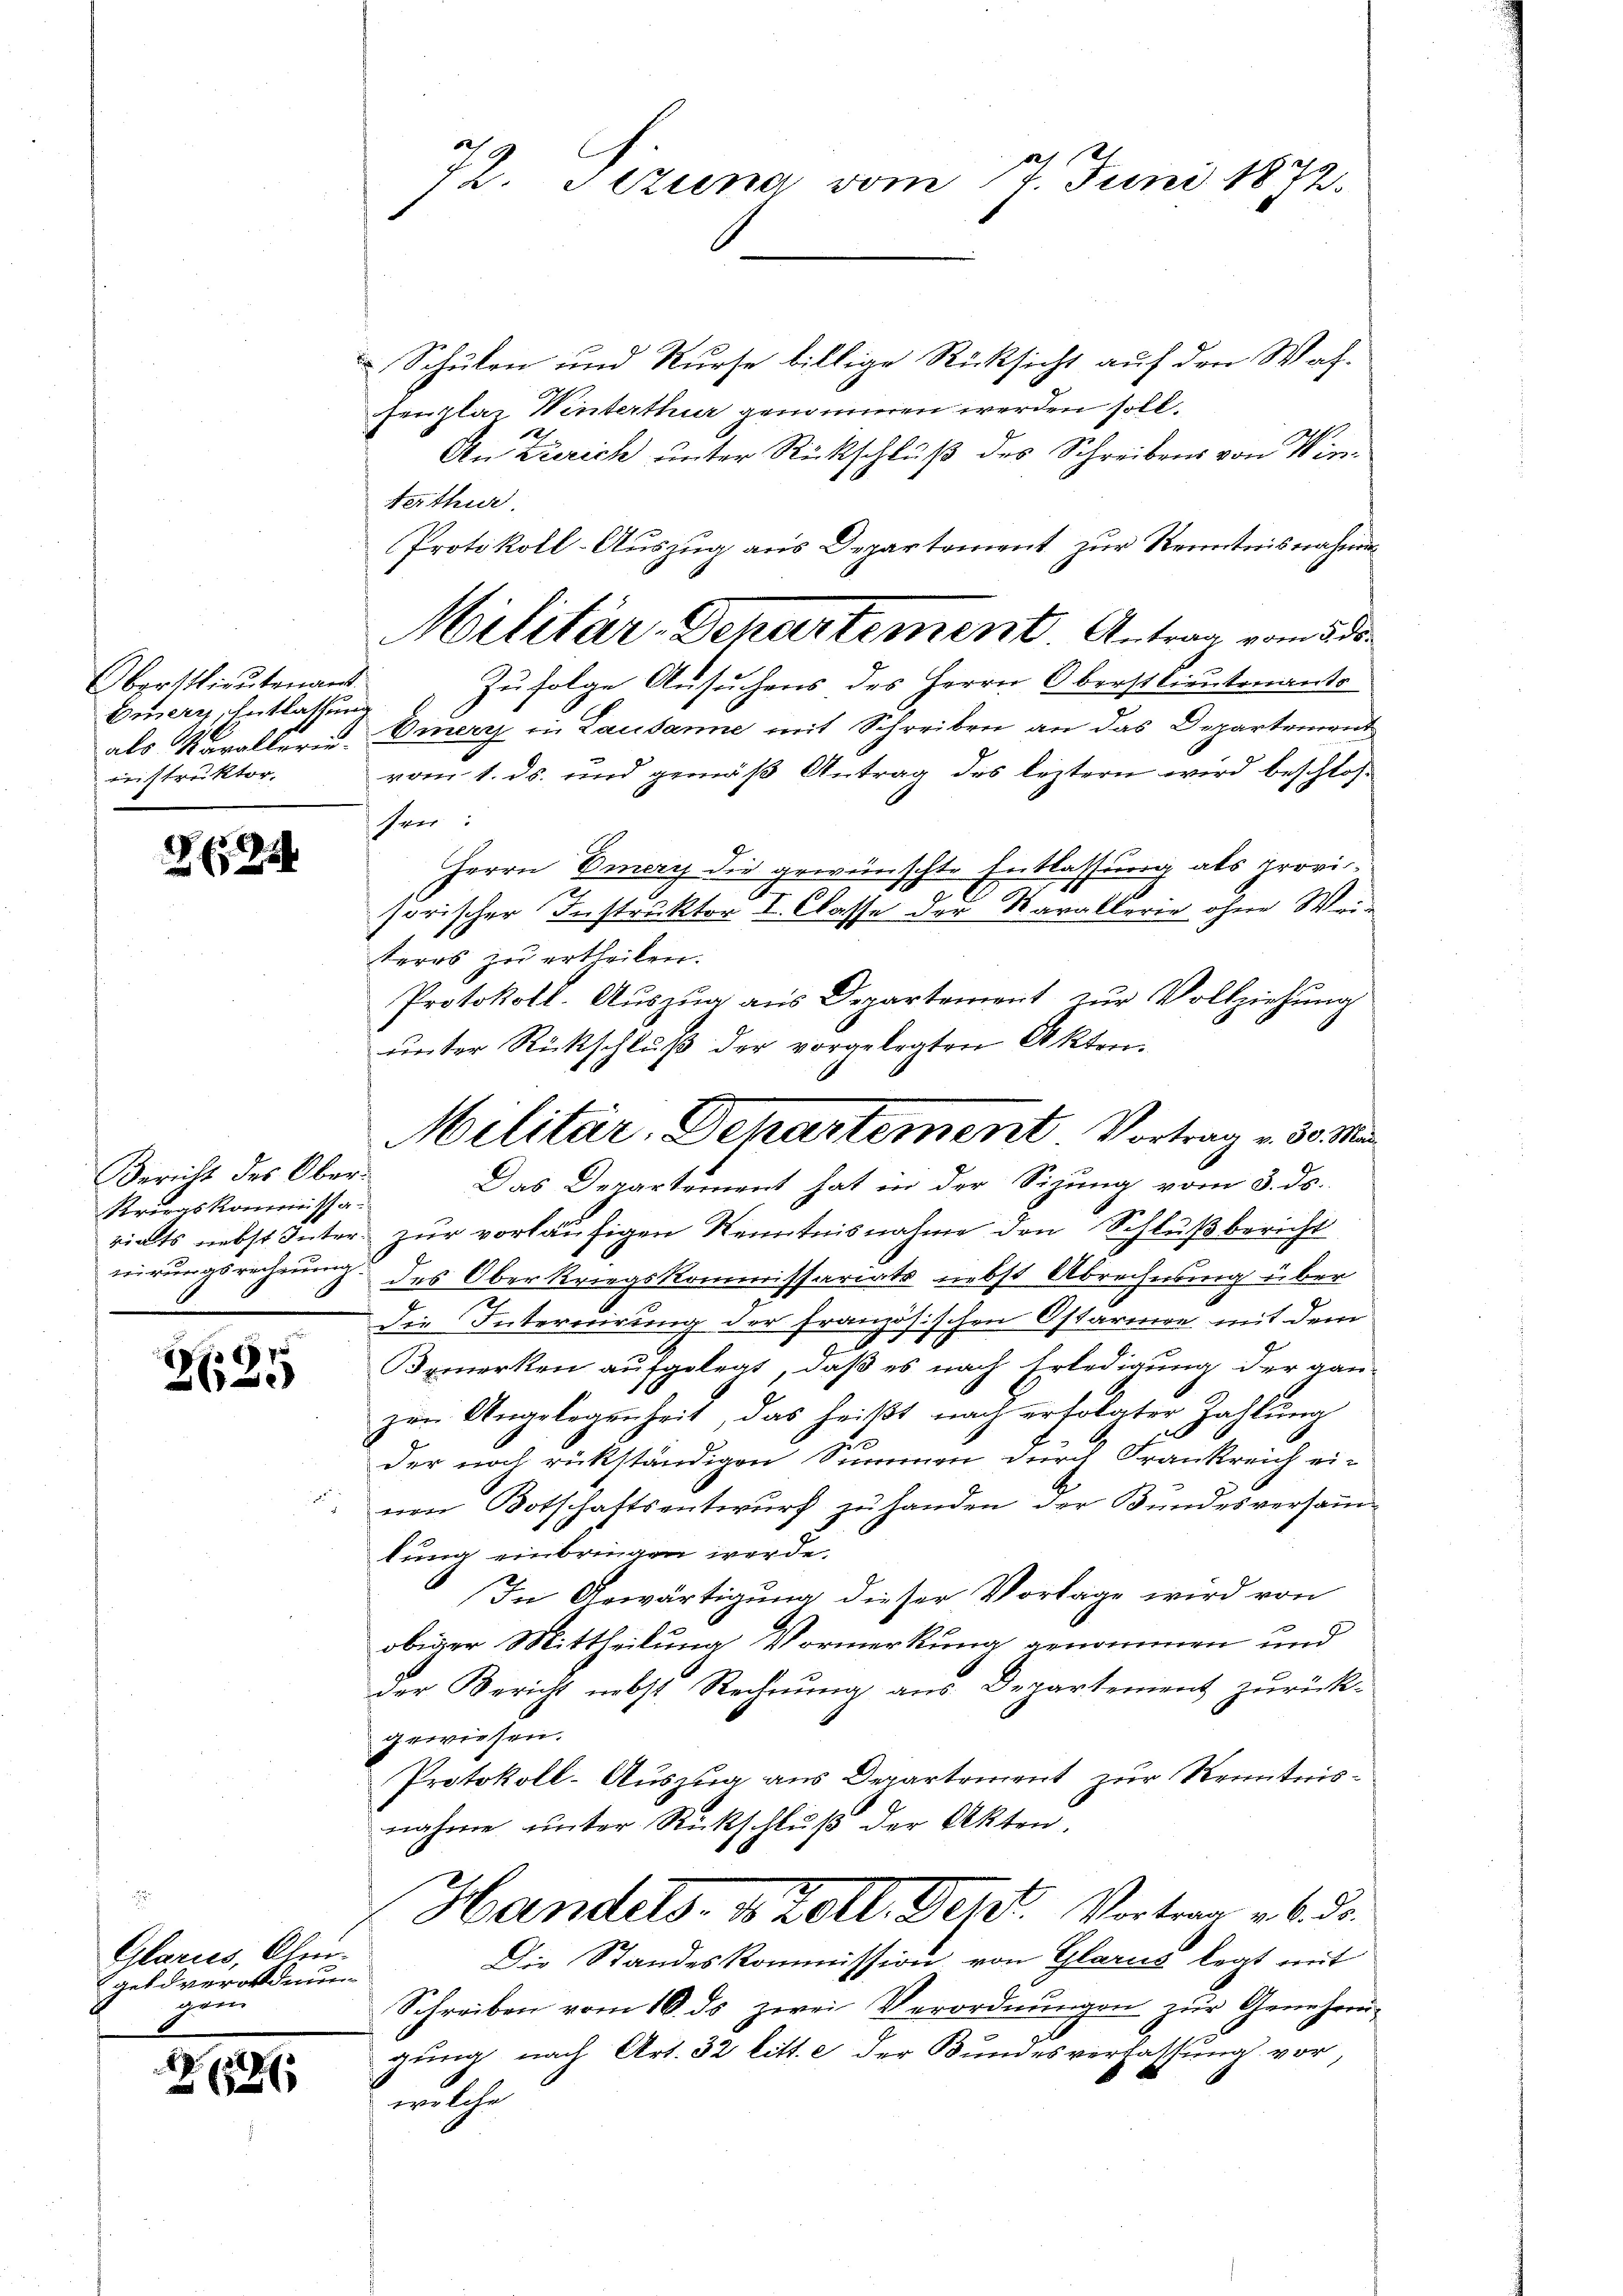
Oberstlieutenant
Einerz, Entlassung
einstruktor,

224

Bericht des Ober¬
Kriegskommissa¬

Pr.
e

Glaries, Alegeld verordnung
gen

Z. 21

Schulen und Kurse billige Rücksicht auf den Wah-
Fenplaz Winterthur genommen werden soll.
An Zürich unter Rückschluß des Schreibens von Winterthur.
Protokoll-Auszug aus Departement zur Kenntnisnahmen
Militär-Departement. Antrag vom 238.
Zufolge Ansuchens des Herrn Oberstlieutenanto
als Moraller- & Druery in Lausanne mit Schreiben an das Departement
vom 1. ds. und gemäß Antrag des leztern wird beschloshen:
Herrn Emery die gewünschte Entlassung als provisorischer Instruktor I. Classe der Karallerie ohne Weiteres zu ertheilen.
Protokoll. Aŭszŭg ans Departement zŭr Vollziehŭng
ŭnter Rückschlŭβ der vorgelegten Akten.
Das Departement hat in der Sizung vom 3. ds.
riats nebst Inter zur vorläufigen Kenntnisnahme den Schlußbericht
nirungsrechnung des Oberkriegskommissariats nebst Abrechnung über
Die Intercdirung der französischen Ostario mit dem
Bemerken aufgelegt, daß es nach Erledigung der gan-
zur Angelegenheit, das heißt nach erholater Zahlung
der noch rükständigen Summen durch Frankreich ei-
von Botschaftsentwurf zu handen der Bundesversamm-
lung einbringen werde.
In Gewärtigung dieser Vorlage wird von
obiger Mittheilung Vormerkung genommen und
der Bericht nebst Rechnung aus Departement zurückgewiesen.
Protokoll-Auszug aus Departement zur Kenntnisnahme unter Rückschluß der Akten.
Handels, des Tott. Fenst. Vertrag v. 6. d.
Die Standeskommission von Glarus legt mit
Schreiben vom 16. ds zwei Verordnŭngen zŭr Genehmi-
gung nach Art. 32 litt. e der Bundesverfassung vor,
welche

72. Siziena vom 7. Juni 1872.

Militär, Dehartement Vortrag v. 30. M